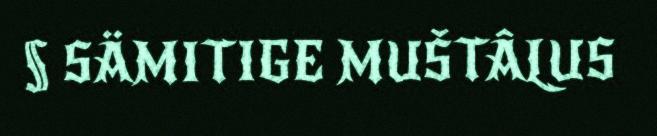
§ SÄMITIGE MUŠTÂLUS